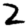
Digit: 2